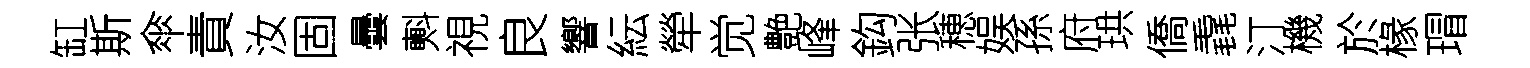
缸斯傘責汝固曇㪺視良響紜犖觉艶峰鈎张穂娱孫府珙僑毳汀機於椽瑁